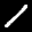
Label: 1